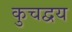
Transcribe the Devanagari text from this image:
कुचद्वय